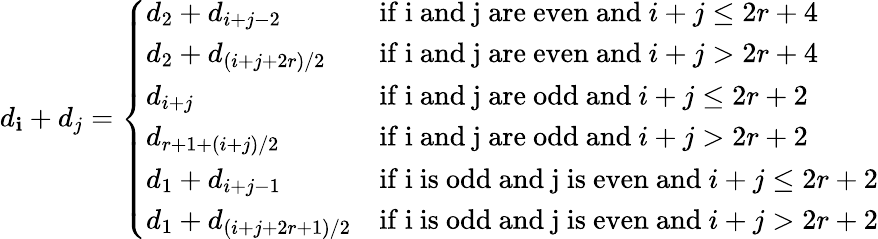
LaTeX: d_{\mathbf{i}}+d_{j}=\left\{ \begin{array}{ll}{d_{2}+d_{i+j-2}}&{\mathrm{if~i~and~j~are~even~and~}i+j\leq 2r+4}\\ {d_{2}+d_{(i+j+2r)/2}}&{\mathrm{if~i~and~j~are~even~and~}i+j>2r+4}\\ {d_{i+j}}&{\mathrm{if~i~and~j~are~odd~and~}i+j\leq 2r+2}\\ {d_{r+1+(i+j)/2}}&{\mathrm{if~i~and~j~are~odd~and~}i+j>2r+2}\\ {d_{1}+d_{i+j-1}}&{\mathrm{if~i~is~odd~and~j~is~even~and~}i+j\leq 2r+2}\\ {d_{1}+d_{(i+j+2r+1)/2}}&{\mathrm{if~i~is~odd~and~j~is~even~and~}i+j>2r+2}\end{array}\right.